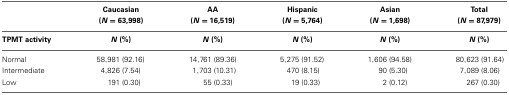
|  | Caucasian (N = 63,998) | AA (N = 16,519) | Hispanic (N = 5,764) | Asian (N = 1,698) | Total (N = 87,979) |
 | --- | --- | --- | --- | --- | --- |
 | TPMT activity | N (%) | N (%) | N (%) | N (%) | N (%) |
 | Normal | 58,981 (92.16) | 14,761 (89.36) | 5,275 (91.52) | 1,606 (94.58) | 80,623 (91.64) |
 | Intermediate | 4,826 (7.54) | 1,703 (10.31) | 470 (8.15) | 90 (5.30) | 7,089 (8.06) |
 | Low | 191 (0.30) | 55 (0.33) | 19 (0.33) | 2 (0.12) | 267 (0.30) |